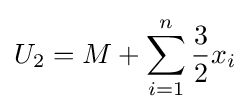
U_{2}=M+\sum _{i=1}^{n}{\frac {3}{2}}x_{i}